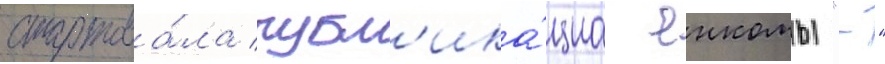
стартова́ла публ'ика́циа енкомы "-"